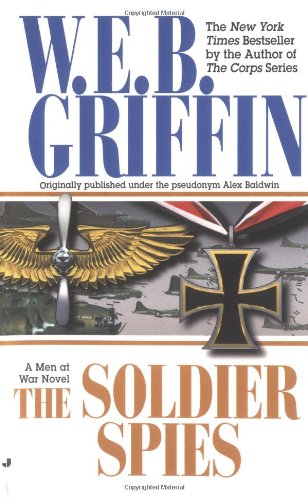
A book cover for Soldier Spies (Men at War); W. E. B. Griffin; Literature & Fiction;